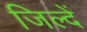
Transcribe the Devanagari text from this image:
जिल्दें